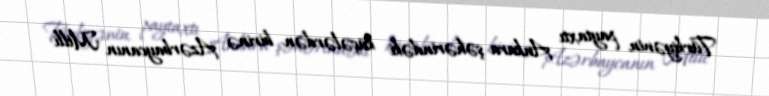
Türkiyənin paytaxtı Ankara şəhərindəki küçələrdən birinə Azərbaycanın Milli